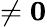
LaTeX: \neq{\mathbf 0}